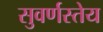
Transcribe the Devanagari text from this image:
सुवर्णस्तेय